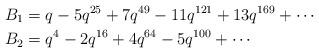
LaTeX: \begin{align*}B_1 &= q-5q^{25}+7q^{49}-11q^{121}+13q^{169}+ \cdots\\B_2 &= q^4-2q^{16}+4q^{64}-5q^{100}+\cdots\end{align*}